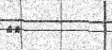
٦٤